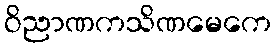
ဝိညာဏကသိဏမေကေ